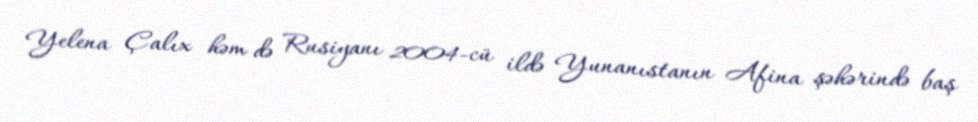
Yelena Çalıx həm də Rusiyanı 2004-cü ildə Yunanıstanın Afina şəhərində baş